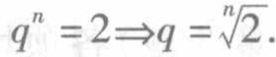
\(q^{n}=2\Rightarrow q = \sqrt[n]{2}\)